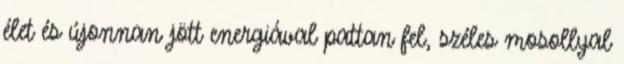
élet és újonnan jött energiával pattan fel, széles mosollyal